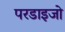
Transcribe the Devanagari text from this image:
परडाइजो